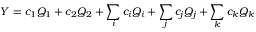
Y = c _ { 1 } Q _ { 1 } + c _ { 2 } Q _ { 2 } + \sum _ { i } c _ { i } Q _ { i } + \sum _ { j } c _ { j } Q _ { j } + \sum _ { k } c _ { k } Q _ { k }